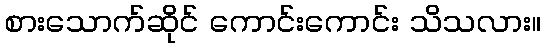
စားသောက်ဆိုင် ကောင်းကောင်း သိသလား။